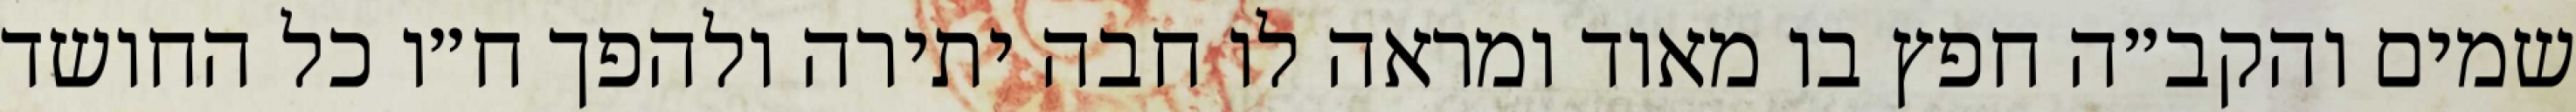
שמים והקב״ה חפץ בו מאוד ומראה לו חבה יתירה ולהפך ח״ו כל החושד